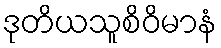
ဒုတိယသူစိဝိမာနံ